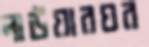
লাউয়ারঘর